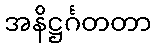
အနိဋ္ဌင်္ဂတတာ